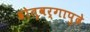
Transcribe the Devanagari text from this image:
श्रोतृवर्गापुढे